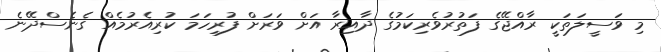
މި ވަސީލަތަކީ ރާއްޖޭގެ ފަތުރުވެރިކަމުގެ ދާއިރާ އަށް ވަރަށް ފުރިހަމަ ކުރިއެރުމެއް ގެނެސްދޭނެ